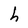
Character: h